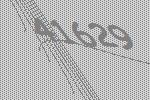
41629